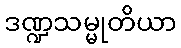
ဒဏ္ဍသမ္မုတိယာ